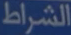
الشراط